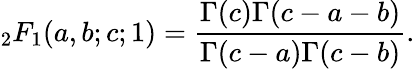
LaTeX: {}_{2}F_{1}(a,b;c;1)=\frac{\Gamma(c)\Gamma(c-a-b)}{\Gamma(c-a)\Gamma(c-b)}.